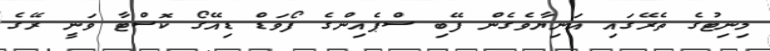
މިނިޓުގެ ތެރޭގައި އަނިޔާވެގެން ފޭބި ސްޕެއިންގެ ފޯވަޑް ޑިއޭގޯ ކޮސްޓާ ވަނީ ރޭގެ